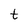
Character: t